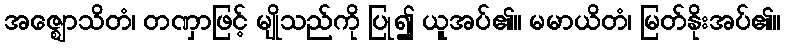
အဇ္ဈောသိတံ၊ တဏှာဖြင့် မျိုသည်ကို ပြု၍ ယူအပ်၏။ မမာယိတံ၊ မြတ်နိုးအပ်၏။